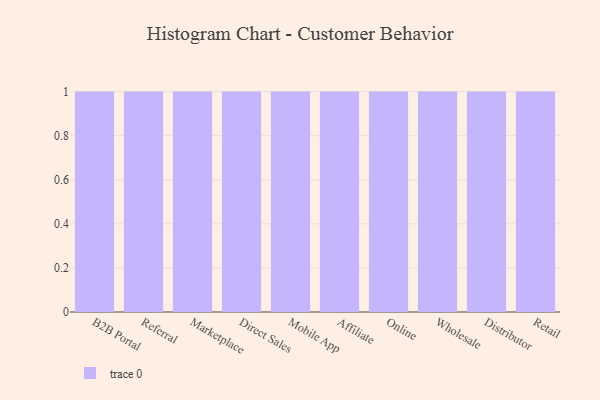
{"axis": {"x": "Channel", "y": "Latency (ms)"}, "legend": [""], "data": [{"x": "B2B Portal", "y": 78, "type": ""}, {"x": "Referral", "y": 37, "type": ""}, {"x": "Marketplace", "y": 14, "type": ""}, {"x": "Direct Sales", "y": 24, "type": ""}, {"x": "Mobile App", "y": 59, "type": ""}, {"x": "Affiliate", "y": 92, "type": ""}, {"x": "Online", "y": 86, "type": ""}, {"x": "Wholesale", "y": 30, "type": ""}, {"x": "Distributor", "y": 8, "type": ""}, {"x": "Retail", "y": 33, "type": ""}]}